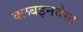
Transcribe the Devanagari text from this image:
क्लबइनवेस्ट